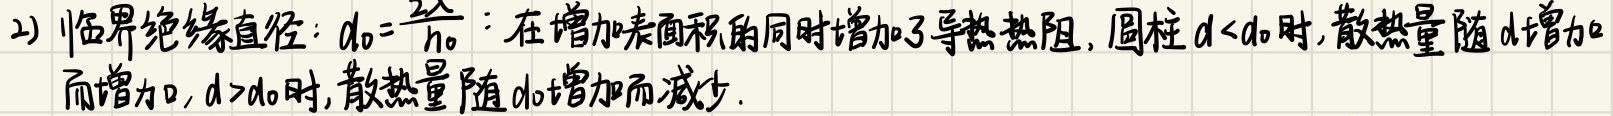
2) 临界绝缘直径：\(d_{0}=\frac{2\lambda}{h_{0}}\)：在增加表面积的同时增加了导热热阻, 圆柱 \(d<d_{0}\)时,散热量随 \(d\)增加而增加，\(d > d_{0}\)时,散热量随 \(d\)增加而减少.